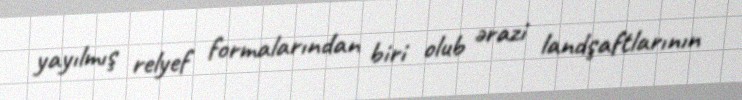
yayılmış relyef formalarından biri olub ərazi landşaftlarının